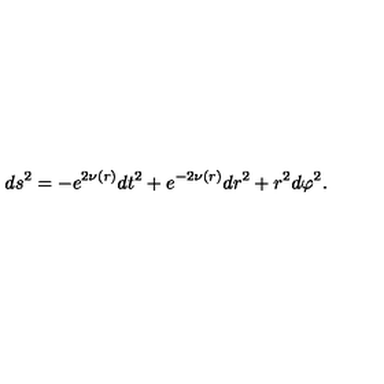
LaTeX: d s ^ { 2 } = - e ^ { 2 \nu ( r ) } d t ^ { 2 } + e ^ { - 2 \nu ( r ) } d r ^ { 2 } + r ^ { 2 } d \varphi ^ { 2 } .